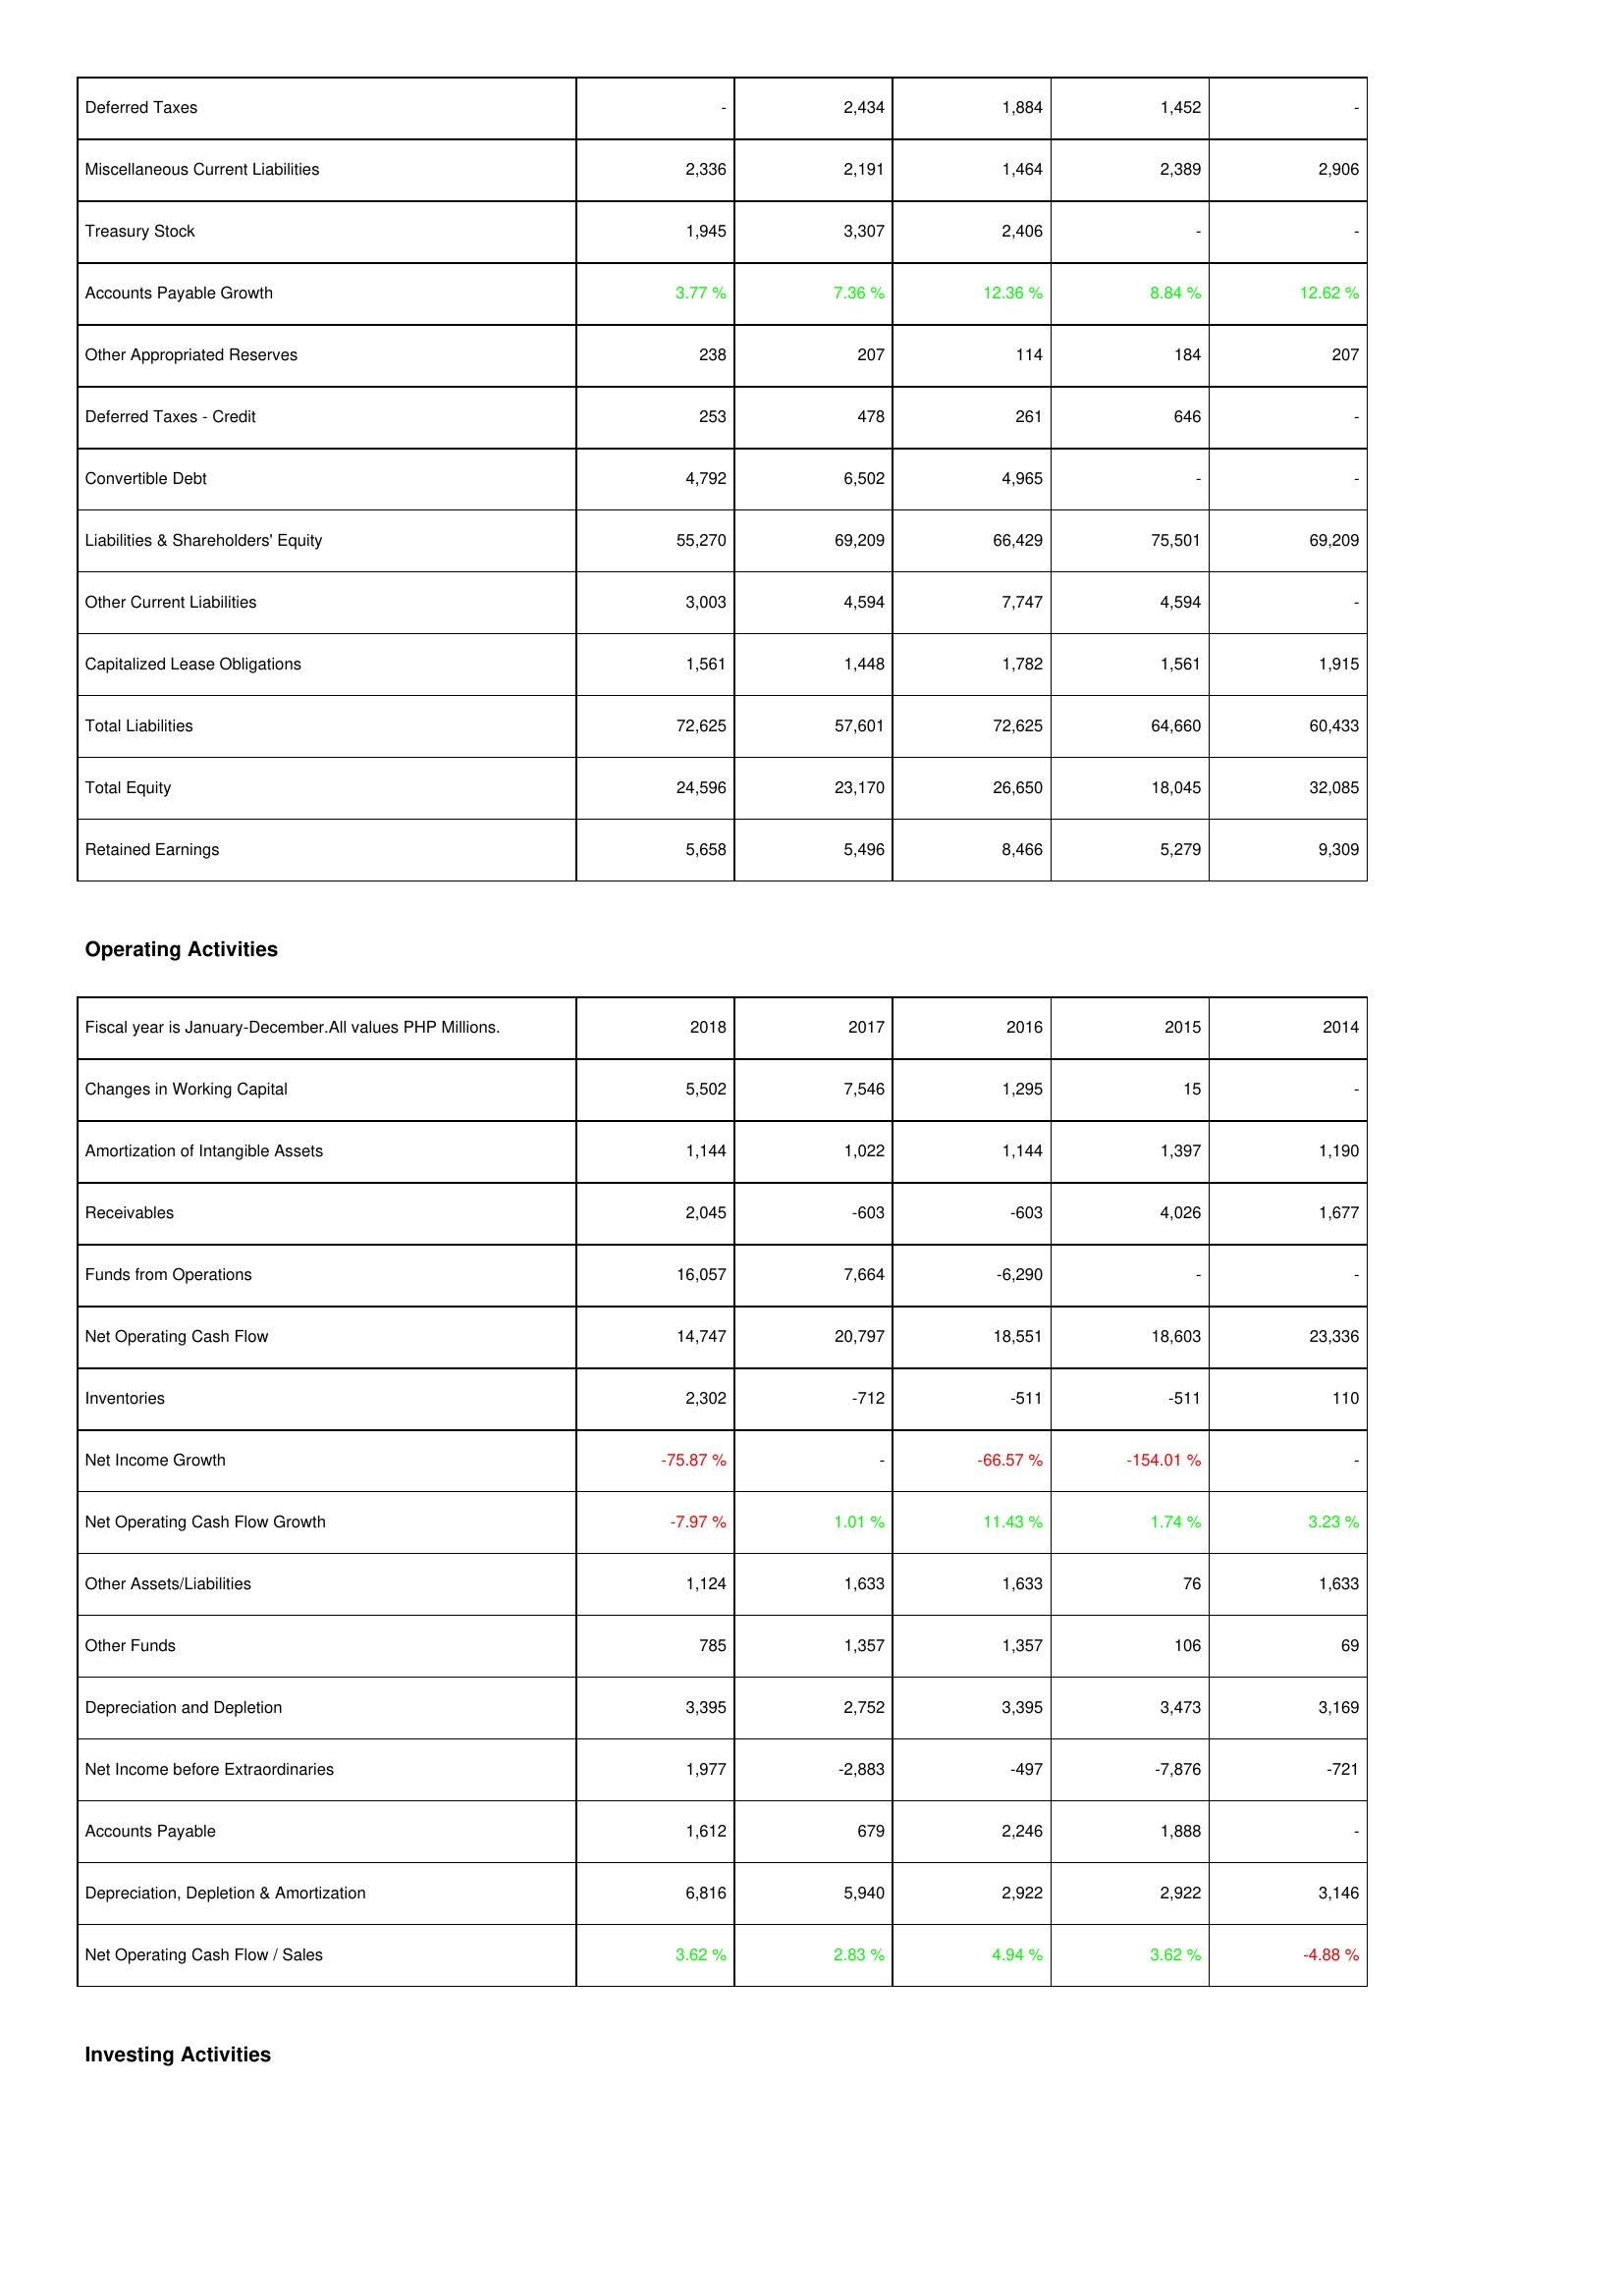
2018: Liabilities & Shareholders' Equity: Deferred Taxes: -
Miscellaneous Current Liabilities: 2,336
Treasury Stock: 1,945
Accounts Payable Growth: 3.77 %
Other Appropriated Reserves: 238
Deferred Taxes - Credit: 253
Convertible Debt: 4,792
Liabilities & Shareholders' Equity: 55,270
Other Current Liabilities: 3,003
Capitalized Lease Obligations: 1,561
Total Liabilities: 72,625
Total Equity: 24,596
Retained Earnings: 5,658
Operating Activities: Changes in Working Capital: 5,502
Amortization of Intangible Assets: 1,144
Receivables: 2,045
Funds from Operations: 16,057
Net Operating Cash Flow: 14,747
Inventories: 2,302
Net Income Growth: -75.87 %
Net Operating Cash Flow Growth: -7.97 %
Other Assets/Liabilities: 1,124
Other Funds: 785
Depreciation and Depletion: 3,395
Net Income before Extraordinaries: 1,977
Accounts Payable: 1,612
Depreciation, Depletion & Amortization: 6,816
Net Operating Cash Flow / Sales: 3.62 %
2017: Liabilities & Shareholders' Equity: Deferred Taxes: 2,434
Miscellaneous Current Liabilities: 2,191
Treasury Stock: 3,307
Accounts Payable Growth: 7.36 %
Other Appropriated Reserves: 207
Deferred Taxes - Credit: 478
Convertible Debt: 6,502
Liabilities & Shareholders' Equity: 69,209
Other Current Liabilities: 4,594
Capitalized Lease Obligations: 1,448
Total Liabilities: 57,601
Total Equity: 23,170
Retained Earnings: 5,496
Operating Activities: Changes in Working Capital: 7,546
Amortization of Intangible Assets: 1,022
Receivables: -603
Funds from Operations: 7,664
Net Operating Cash Flow: 20,797
Inventories: -712
Net Income Growth: -
Net Operating Cash Flow Growth: 1.01 %
Other Assets/Liabilities: 1,633
Other Funds: 1,357
Depreciation and Depletion: 2,752
Net Income before Extraordinaries: -2,883
Accounts Payable: 679
Depreciation, Depletion & Amortization: 5,940
Net Operating Cash Flow / Sales: 2.83 %
2016: Liabilities & Shareholders' Equity: Deferred Taxes: 1,884
Miscellaneous Current Liabilities: 1,464
Treasury Stock: 2,406
Accounts Payable Growth: 12.36 %
Other Appropriated Reserves: 114
Deferred Taxes - Credit: 261
Convertible Debt: 4,965
Liabilities & Shareholders' Equity: 66,429
Other Current Liabilities: 7,747
Capitalized Lease Obligations: 1,782
Total Liabilities: 72,625
Total Equity: 26,650
Retained Earnings: 8,466
Operating Activities: Changes in Working Capital: 1,295
Amortization of Intangible Assets: 1,144
Receivables: -603
Funds from Operations: -6,290
Net Operating Cash Flow: 18,551
Inventories: -511
Net Income Growth: -66.57 %
Net Operating Cash Flow Growth: 11.43 %
Other Assets/Liabilities: 1,633
Other Funds: 1,357
Depreciation and Depletion: 3,395
Net Income before Extraordinaries: -497
Accounts Payable: 2,246
Depreciation, Depletion & Amortization: 2,922
Net Operating Cash Flow / Sales: 4.94 %
2015: Liabilities & Shareholders' Equity: Deferred Taxes: 1,452
Miscellaneous Current Liabilities: 2,389
Treasury Stock: -
Accounts Payable Growth: 8.84 %
Other Appropriated Reserves: 184
Deferred Taxes - Credit: 646
Convertible Debt: -
Liabilities & Shareholders' Equity: 75,501
Other Current Liabilities: 4,594
Capitalized Lease Obligations: 1,561
Total Liabilities: 64,660
Total Equity: 18,045
Retained Earnings: 5,279
Operating Activities: Changes in Working Capital: 15
Amortization of Intangible Assets: 1,397
Receivables: 4,026
Funds from Operations: -
Net Operating Cash Flow: 18,603
Inventories: -511
Net Income Growth: -154.01 %
Net Operating Cash Flow Growth: 1.74 %
Other Assets/Liabilities: 76
Other Funds: 106
Depreciation and Depletion: 3,473
Net Income before Extraordinaries: -7,876
Accounts Payable: 1,888
Depreciation, Depletion & Amortization: 2,922
Net Operating Cash Flow / Sales: 3.62 %
2014: Liabilities & Shareholders' Equity: Deferred Taxes: -
Miscellaneous Current Liabilities: 2,906
Treasury Stock: -
Accounts Payable Growth: 12.62 %
Other Appropriated Reserves: 207
Deferred Taxes - Credit: -
Convertible Debt: -
Liabilities & Shareholders' Equity: 69,209
Other Current Liabilities: -
Capitalized Lease Obligations: 1,915
Total Liabilities: 60,433
Total Equity: 32,085
Retained Earnings: 9,309
Operating Activities: Changes in Working Capital: -
Amortization of Intangible Assets: 1,190
Receivables: 1,677
Funds from Operations: -
Net Operating Cash Flow: 23,336
Inventories: 110
Net Income Growth: -
Net Operating Cash Flow Growth: 3.23 %
Other Assets/Liabilities: 1,633
Other Funds: 69
Depreciation and Depletion: 3,169
Net Income before Extraordinaries: -721
Accounts Payable: -
Depreciation, Depletion & Amortization: 3,146
Net Operating Cash Flow / Sales: -4.88 %